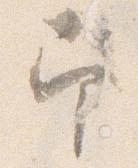
印